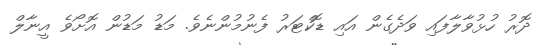
ދޮރު ހުޅުވާލާފައި ވަދެގެން އައި ޑޮކްޓަރު ފެނުމުންނެވެ. މަޑު މަޑުން އޮށޯވެ އީނާލް